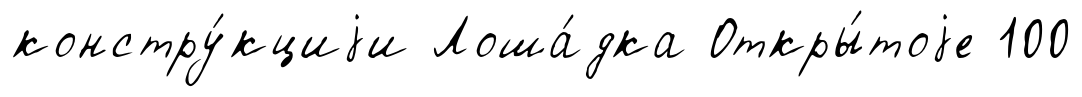
констру́кциjи Лоша́дка Откры́тоjе 100